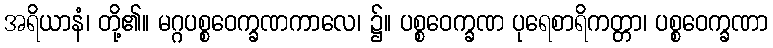
အရိယာနံ၊ တို့၏။ မဂ္ဂပစ္စဝေက္ခဏကာလေ၊ ၌။ ပစ္စဝေက္ခဏ ပုရေစာရိကတ္တာ၊ ပစ္စဝေက္ခဏာ